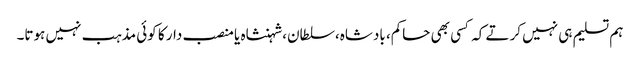
ہم تسلیم ہی نہیں کرتے کہ کسی بھی حاکم، بادشاہ،سلطان،شہنشاہ یا منصب دار کا کوئی مذہب نہیں ہوتا۔